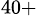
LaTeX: ^{40+}